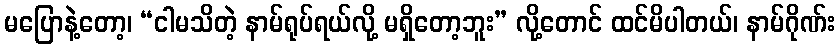
မပြောနဲ့တော့၊ “ငါမသိတဲ့ နာမ်ရုပ်ရယ်လို့ မရှိတော့ဘူး” လို့တောင် ထင်မိပါတယ်၊ နာမ်ဂိုဏ်း